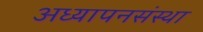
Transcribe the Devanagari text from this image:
अध्यापनसंस्था